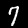
Digit: 7